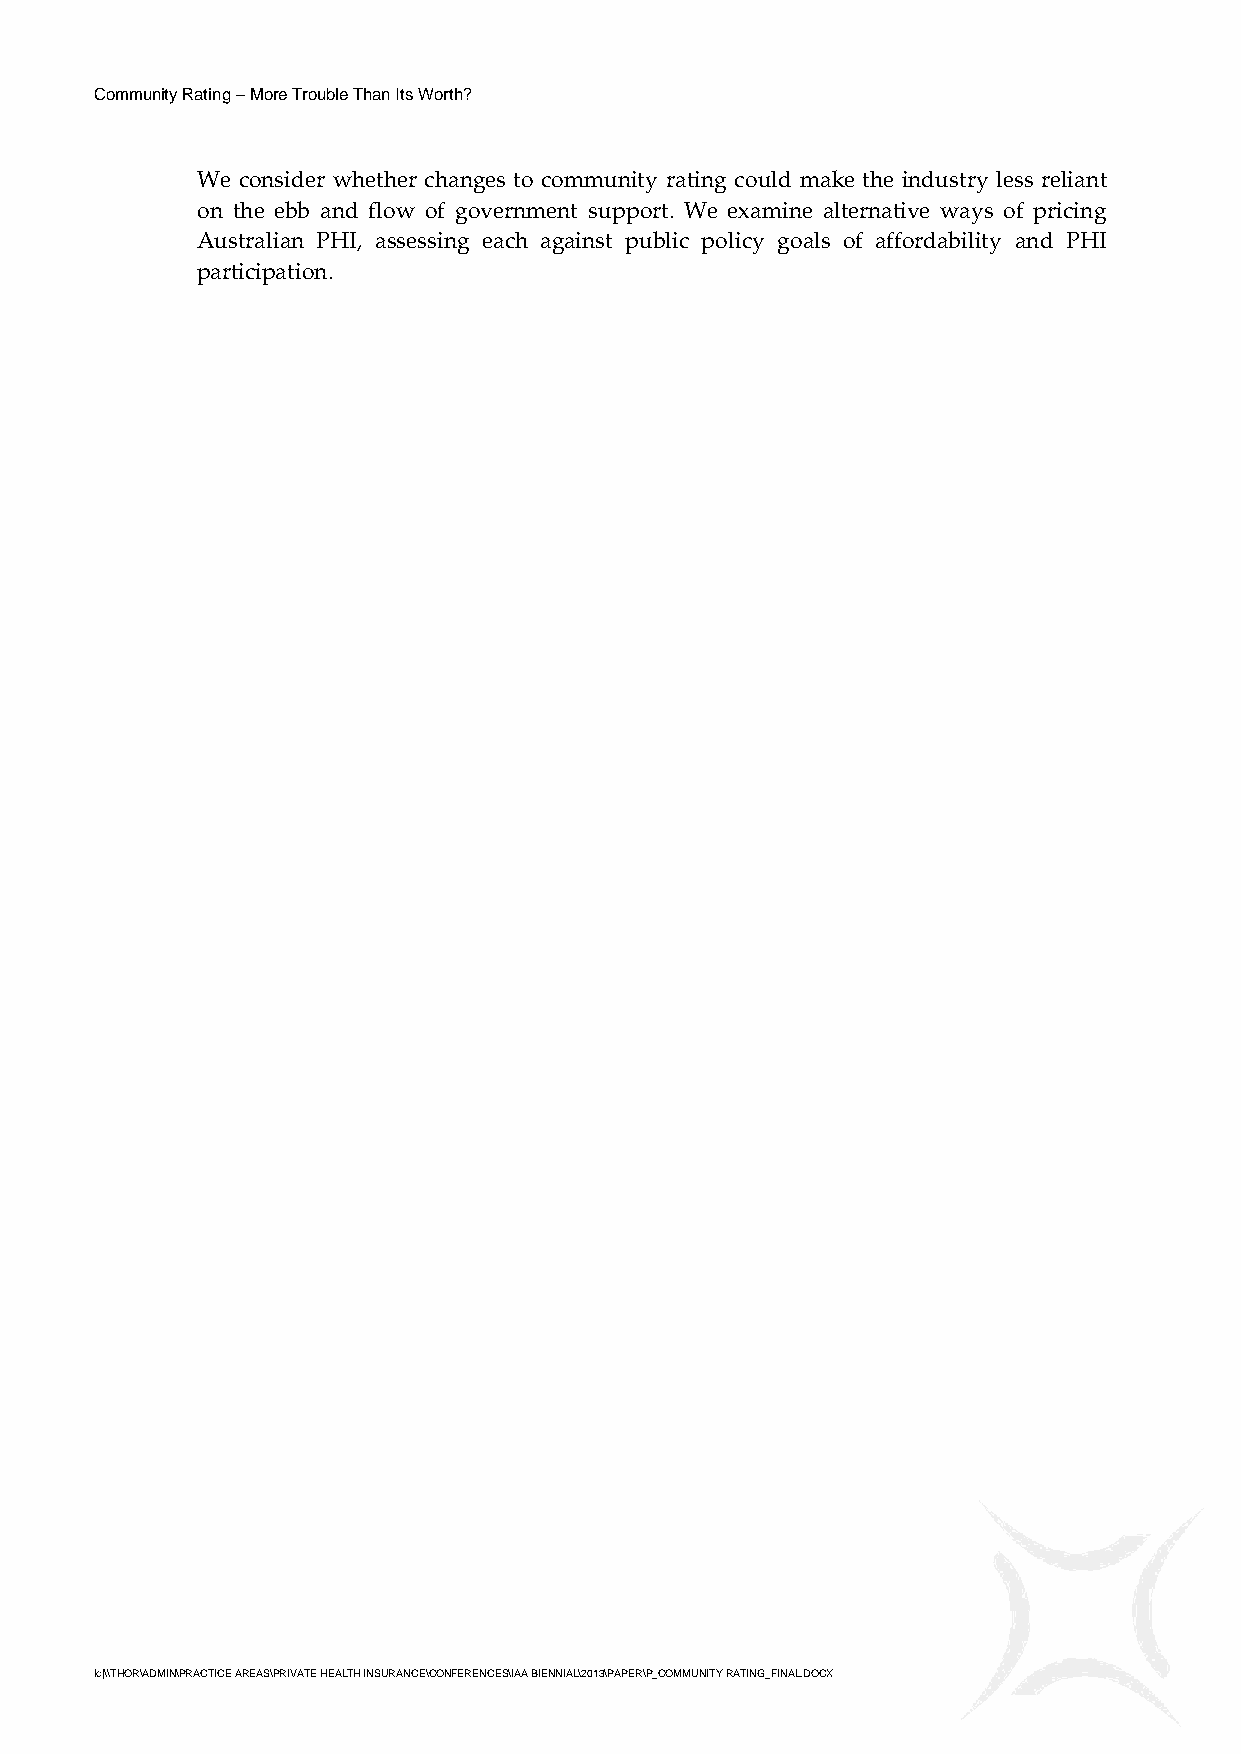
Community Rating – More Trouble Than Its Worth?
 We consider whether changes to community rating could make the industry less reliant
 on the ebb and flow of government support. We examine alternative ways of pricing
 Australian PHI, assessing each against public policy goals of affordability and PHI
 participation.
 lc|\\THOR\ADMIN\PRACTICE AREAS\PRIVATE HEALTH INSURANCE\CONFERENCES\IAA BIENNIAL\2013\PAPER\P_COMMUNITY RATING_FINAL.DOCX